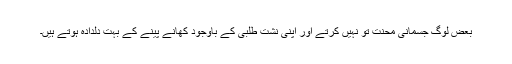
بعض لوگ جسمانی محنت تو نہیں کرتے اور اپنی نشت طلبی کے باوجود کھانے پینے کے بہت دلدادہ ہوتے ہیں۔